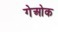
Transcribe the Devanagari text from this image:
गेओक